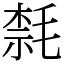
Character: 㲡